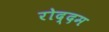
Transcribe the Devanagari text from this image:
रोद्दम